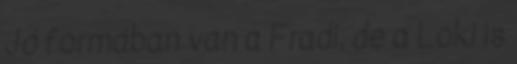
Jó formában van a Fradi, de a Loki is